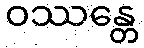
ဝဿန္တေ